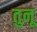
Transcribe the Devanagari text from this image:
तुनू